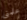
علمني